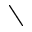
\setminus